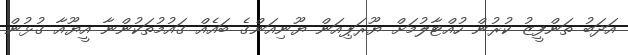
އަދަބު ތަންފީޒު ކުރުން ހުއްޓާލުމަށް ޔޫރަޕިއަން ޔޫނިއަންގެ ބައެއް ގައުމުތަކުންނާ އީޔޫއާ ގުޅުން